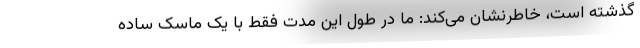
گذشته است، خاطرنشان می‌کند: ما در طول این مدت فقط با یک ماسک ساده